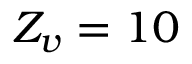
Z _ { v } = 1 0